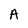
Character: A